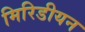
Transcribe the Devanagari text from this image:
मिरिडीयन